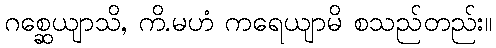
ဂစ္ဆေယျာသိ, ကိ.မဟံ ကရေယျာမိ စသည်တည်း။